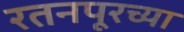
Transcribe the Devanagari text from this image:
रतनपूरच्या